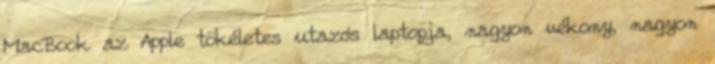
MacBook az Apple tökéletes utazós laptopja, nagyon vékony, nagyon